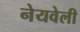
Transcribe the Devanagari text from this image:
नेयवेली